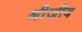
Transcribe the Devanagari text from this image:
श्रीजीव